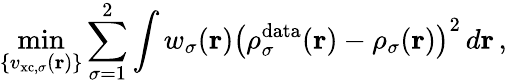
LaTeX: \operatorname*{min}_{\{ v_{\mathrm{xc},\sigma}(\boldsymbol{\textbf{r}})\} }\sum_{\sigma=1}^{2}\int w_{\sigma}(\boldsymbol{\textbf{r}})\left(\rho_{\sigma}^{\mathrm{data}}(\boldsymbol{\textbf{r}})-\rho_{\sigma}(\boldsymbol{\textbf{r}})\right)^{2}\, d\boldsymbol{\textbf{r}}\, ,